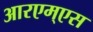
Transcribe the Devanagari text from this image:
आरएम्एस